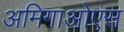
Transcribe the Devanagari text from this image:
अमिगाओएस